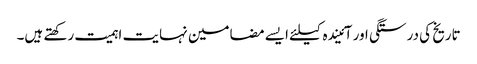
تاریخ کی درستگی اور آئیندہ کیلئے ایسے مضامین نہایت اہمیت رکھتے ہیں۔